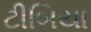
ટીબિયા